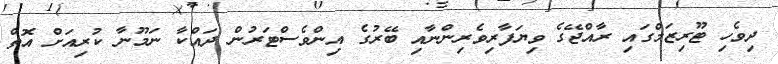
ދިވެހި ޓޫރިޒަމްގައި ރާއްޖޭގެ ވިޔަފާރިވެރިންނާއި ބޭރުގެ އިންވެސްޓަރުން ދައްކާ ނަމޫނާ ކުރިއަށް އޮތް